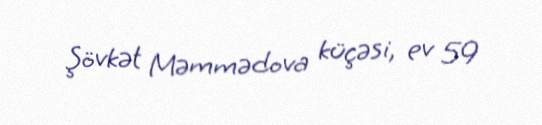
Şövkət Məmmədova küçəsi, ev 59